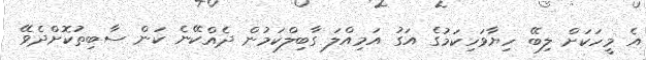
އެ މީހަކަށް ލިބޭ ހިޔާވަހިކަމުގެ އަގު އަމިއްލަ ގާބިލްކަމުން ދެއްކޭނެ ކަން ސާބިތުކޮށްދެވޭ